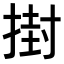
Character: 𭡞